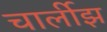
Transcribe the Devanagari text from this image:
चार्लीझ